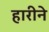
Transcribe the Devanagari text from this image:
हारीने